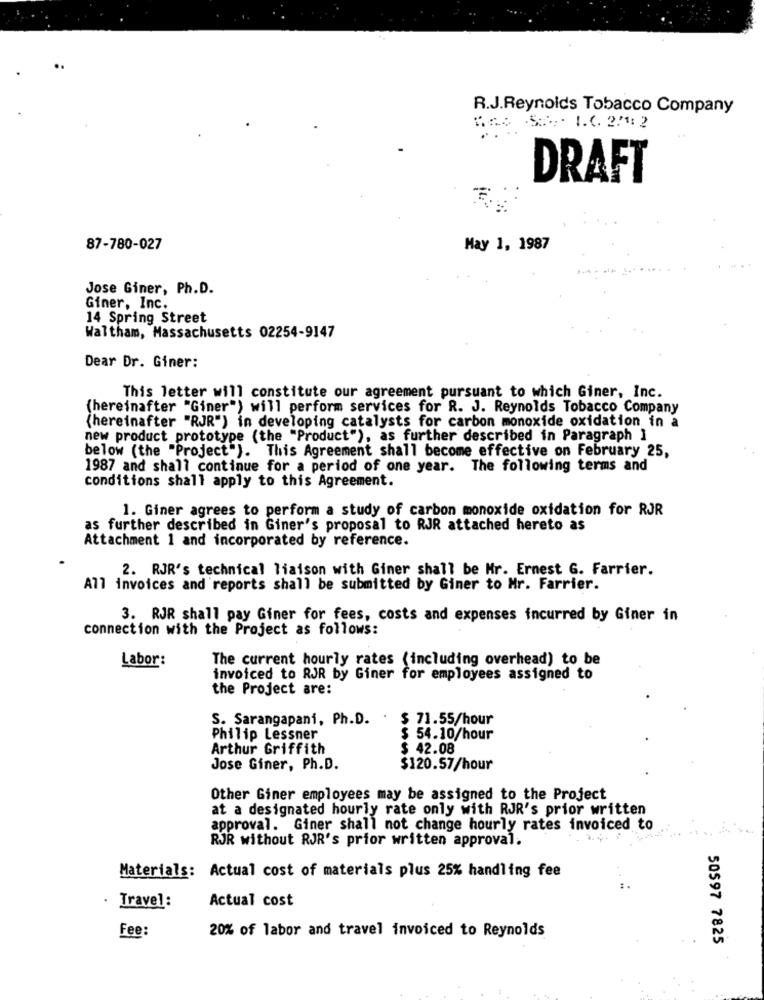
R.J.Reynolds Tobacco Company
DRAFT
87-780-027
May 1, 1987
Jose Giner, Ph.D.
Giner, Inc.
14 Spring Street
Waltham, Massachusetts 02254-9147
Dear Dr. Giner:
This letter will constitute our agreement pursuant to which Giner, Inc.
(hereinafter "Giner") will perform services for R. J. Reynolds Tobacco Company
(hereinafter "RJR") in developing catalysts for carbon monoxide oxidation in a
new product prototype (the "Product"), as further described in Paragraph ]
below (the "Project"). This Agreement shall become effective on February 25,
1987 and shall continue for a period of one year. The following terms and
conditions shall apply to this Agreement.
1. Giner agrees to perform a study of carbon monoxide oxidation for RJR
as further described in Giner's proposal to RJR attached hereto as
Attachment 1 and incorporated by reference.
2. RJR's technical liaison with Giner shall be Mr. Ernest G. Farrier.
All invoices and reports shall be submitted by Giner to Mr. Farrier.
3. RJR shall pay Giner for fees, costs and expenses incurred by Giner in
connection with the Project as follows:
Labor:
The current hourly rates (including overhead) to be
invoiced to RJR by Giner for employees assigned to
the Project are:
S. Sarangapani, Ph.D. . $ 71.55/hour
Philip Lessner
$ 54.10/hour
Arthur Griffith
$ 42.08
Jose Giner, Ph.D.
$120.57/hour
Other Giner employees may be assigned to the Project
at a designated hourly rate only with RJR's prior written
approval. Giner shall not change hourly rates invoiced to
RJR without RJR's prior written approval.
Materials: Actual cost of materials plus 25% handling fee
Actual cost
Travel:
Fee:
20% of labor and travel invoiced to Reynolds
50597 7825